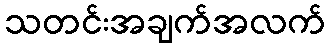
သတင်းအချက်အလက်